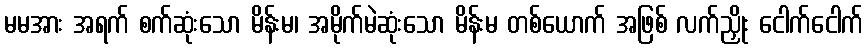
မမအား အရက် စက်ဆုံးသော မိန်းမ၊ အမိုက်မဲဆုံးသော မိန်းမ တစ်ယောက် အဖြစ် လက်ညှိုး ငေါက်ငေါက်